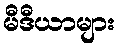
မီဒီယာများ